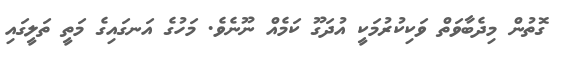
ގޮތުން މިދެބާވަތް ވަކިކުރުމަކީ އުދަގޫ ކަމެއް ނޫނެވެ. މަހުގެ އަނގައިގެ މަތީ ތަލީގައި